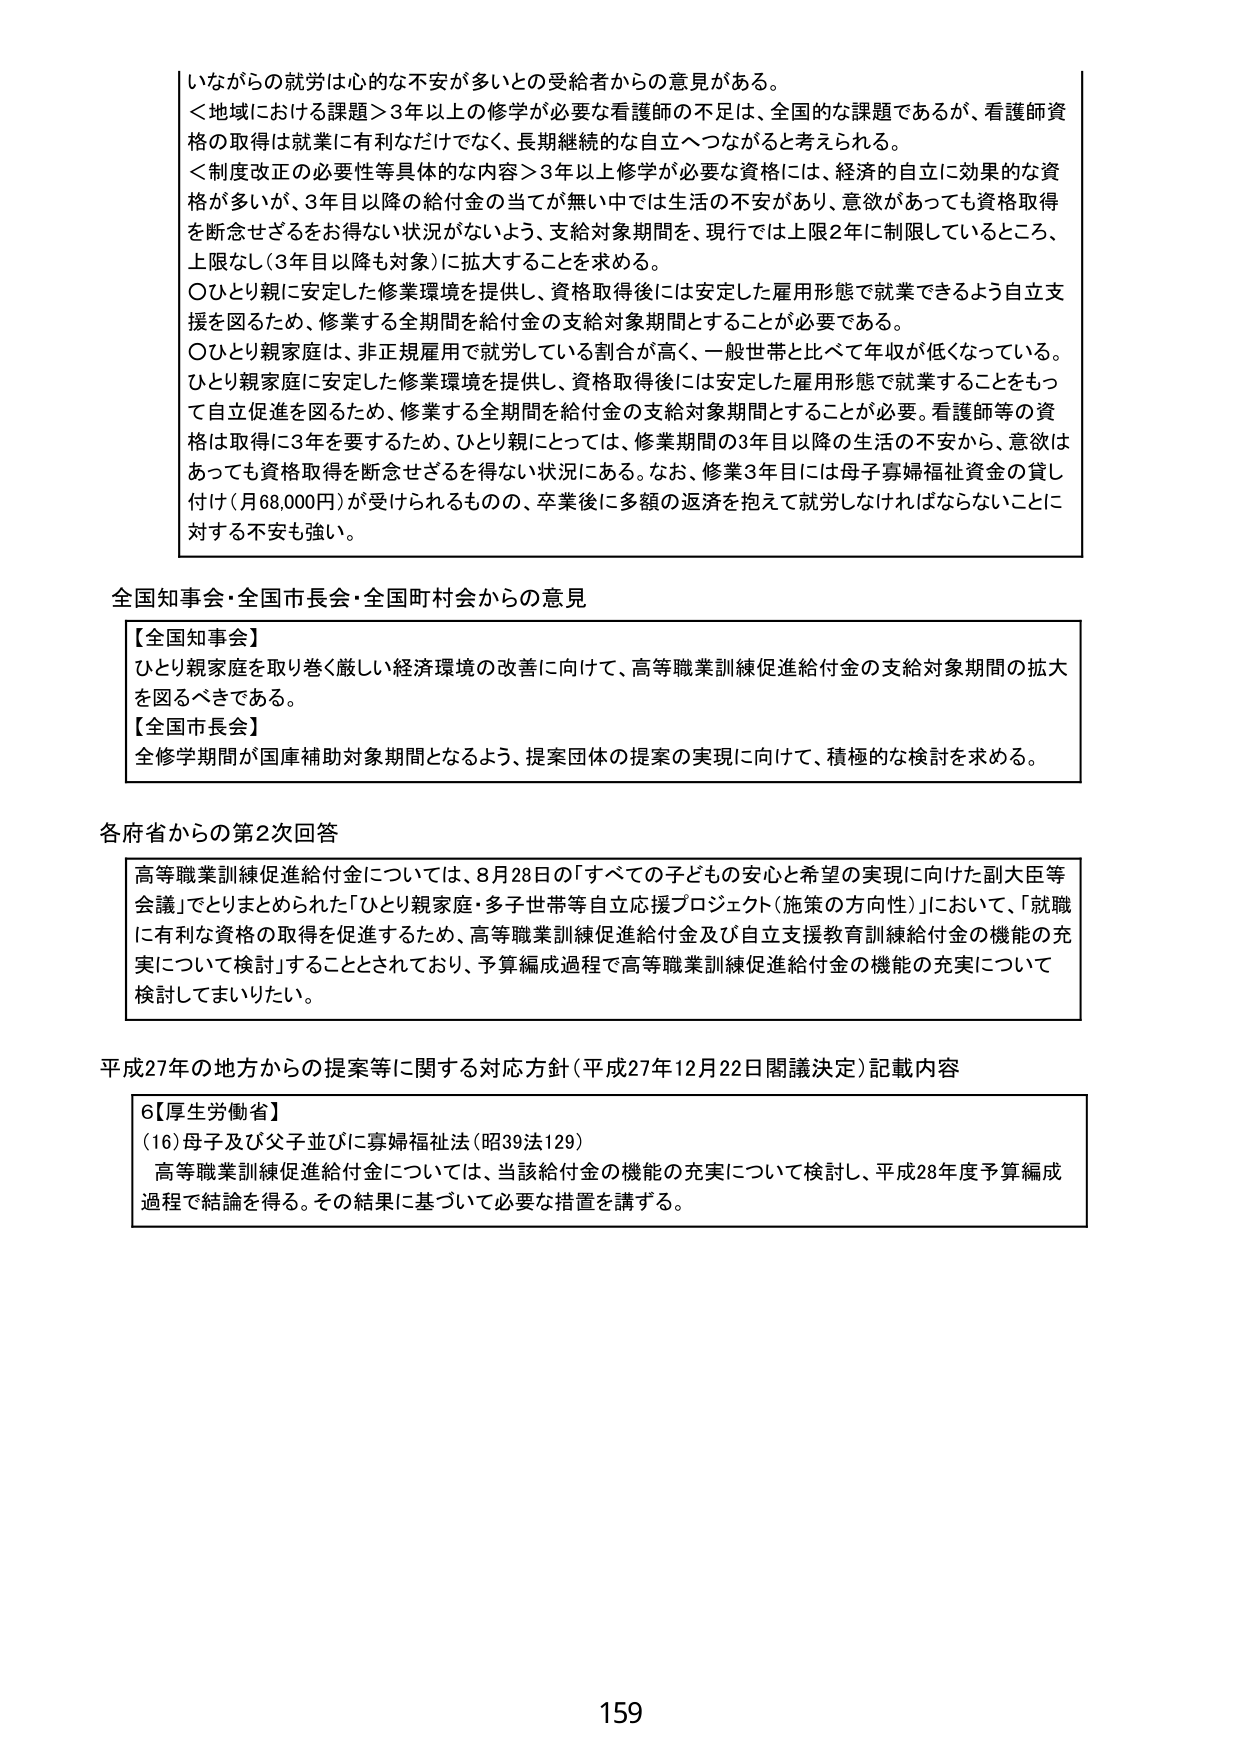
いながらの就労は心的な不安が多いとの受給者からの意見がある。
＜地域における課題＞3年以上の修学が必要な看護師の不足は、全国的な課題であるが、看護師資格の取得は就業に有利なだけでなく、長期継続的な自立へつながると考えられる。
＜制度改正の必要性等具体的な内容＞3年以上修学が必要な資格には、経済的自立に効果的な資格が多いが、3年目以降の給付金の当てが無い中では生活の不安があり、意欲があっても資格取得を断念せざるを得ない状況がないよう、支給対象期間を、現行では上限2年に制限しているところ、上限なし（3年目以降も対象）に拡大することを求める。
〇ひとり親に安定した修業環境を提供し、資格取得後には安定した雇用形態で就業できるよう自立支援を図るため、修業する全期間を給付金の支給対象期間とすることが必要である。
〇ひとり親家庭は、非正規雇用で就労している割合が高く、一般世帯と比べて年収が低くなっている。ひとり親家庭に安定した修業環境を提供し、資格取得後には安定した雇用形態で就業することをもって自立促進を図るため、修業する全期間を給付金の支給対象期間とすることが必要。看護師等の資格は取得に3年を要するため、ひとり親にとっては、修業期間の3年目以降の生活の不安から、意欲はあっても資格取得を断念せざるを得ない状況にある。なお、修業3年目には母子寡婦福祉資金の貸し付け（月68,000円）が受けられるものの、卒業後に多額の返済を抱えて就労しなければならないことに対する不安も強い。

全国知事会・全国市長会・全国町村会からの意見
【全国知事会】
ひとり親家庭を取り巻く厳しい経済環境の改善に向けて、高等職業訓練促進給付金の支給対象期間の拡大を図るべきである。
【全国市長会】
全修学期間が国庫補助対象期間となるよう、提案団体の提案の実現に向けて、積極的な検討を求める。

各府省からの第2次回答
高等職業訓練促進給付金については、8月28日の「すべての子どもの安心と希望の実現に向けた副大臣等会議」でとりまとめられた「ひとり親家庭・多子世帯等自立応援プロジェクト（施策の方向性）」において、「就職に有利な資格の取得を促進するため、高等職業訓練促進給付金及び自立支援教育訓練給付金の機能の充実について検討」することとされており、予算編成過程で高等職業訓練促進給付金の機能の充実について検討してまいりたい。

平成27年の地方からの提案等に関する対応方針（平成27年12月22日閣議決定）記載内容
6【厚生労働省】
（16）母子及び父子並びに寡婦福祉法（昭39法129）
高等職業訓練促進給付金については、当該給付金の機能の充実について検討し、平成28年度予算編成過程で結論を得る。その結果に基づいて必要な措置を講ずる。

159